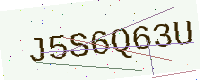
Text: J5S6Q63U